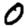
Digit: 0